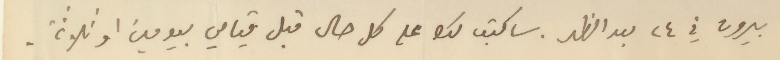
بيروت في ٢٤ بعد الظهر. ساكتب لك على كل حال قبل قيامي بيومين او ثلاثة.